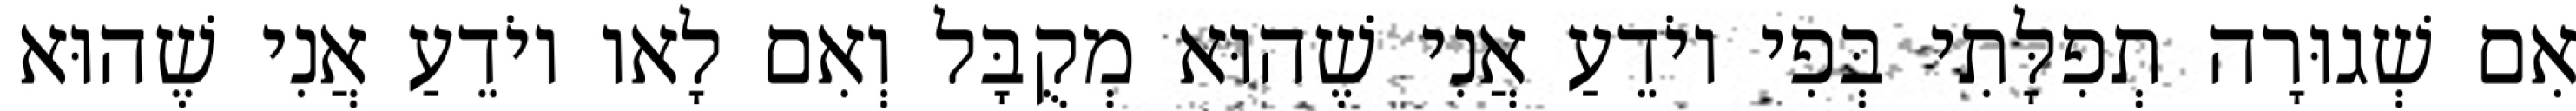
אִם שְׁגוּרָה תְפִלָּתִי בְּפִי יוֹדֵעַ אֲנִי שֶׁהוּא מְקֻבָּל וְאִם לָאו יוֹדֵעַ אֲנִי שֶׁהוּא